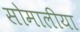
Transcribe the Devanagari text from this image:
सोमालीया